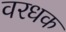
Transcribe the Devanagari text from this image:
वरधक